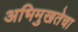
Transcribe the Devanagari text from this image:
अभिमुखतेचा